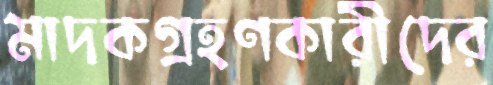
মাদকগ্রহণকারীদের